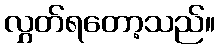
လွှတ်ရတော့သည်။